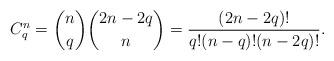
LaTeX: \begin{align*}C_q^n=\binom{n}{q}\binom{2n-2q}{n}=\frac{\left ( 2n-2q \right )!}{q!(n-q)!(n-2q)!}.\end{align*}